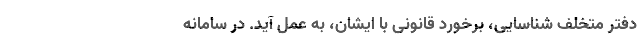
دفتر متخلف شناسایی، برخورد قانونی با ایشان، به عمل آید. در سامانه